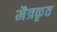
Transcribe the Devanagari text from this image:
मैत्रकृत